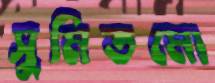
সুমিতমো